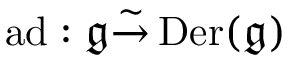
\operatorname { a d } : { \mathfrak { g } } { \overset { \sim } { \to } } \operatorname { D e r } ( { \mathfrak { g } } )